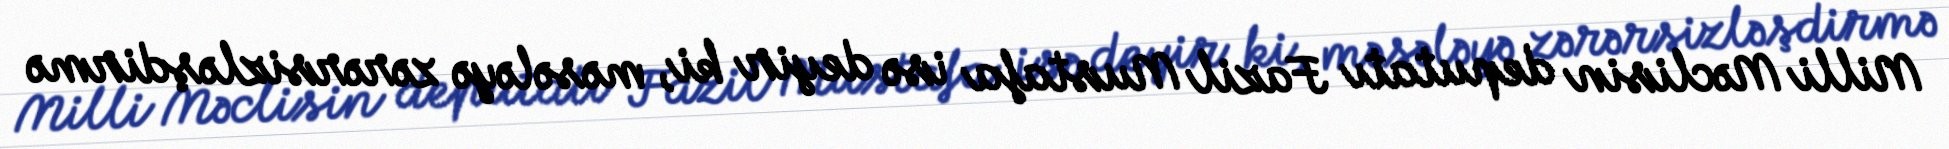
Milli Məclisin deputatı Fazil Mustafa isə deyir ki, məsələyə zərərsizləşdirmə